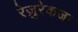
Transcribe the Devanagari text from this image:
रेज़ुरेकजा